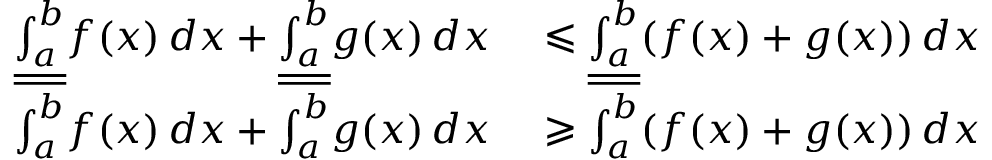
\begin{array} { r l } { { \underline { { \int _ { a } ^ { b } } } } f ( x ) \, d x + { \underline { { \int _ { a } ^ { b } } } } g ( x ) \, d x } & { { } \leqslant { \underline { { \int _ { a } ^ { b } } } } ( f ( x ) + g ( x ) ) \, d x } \\ { { \overline { { \int _ { a } ^ { b } } } } f ( x ) \, d x + { \overline { { \int _ { a } ^ { b } } } } g ( x ) \, d x } & { { } \geqslant { \overline { { \int _ { a } ^ { b } } } } ( f ( x ) + g ( x ) ) \, d x } \end{array}